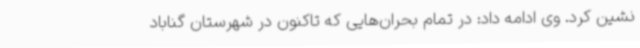
نشین کرد. وی ادامه داد: در تمام بحران‌هایی که تاکنون در شهرستان گناباد